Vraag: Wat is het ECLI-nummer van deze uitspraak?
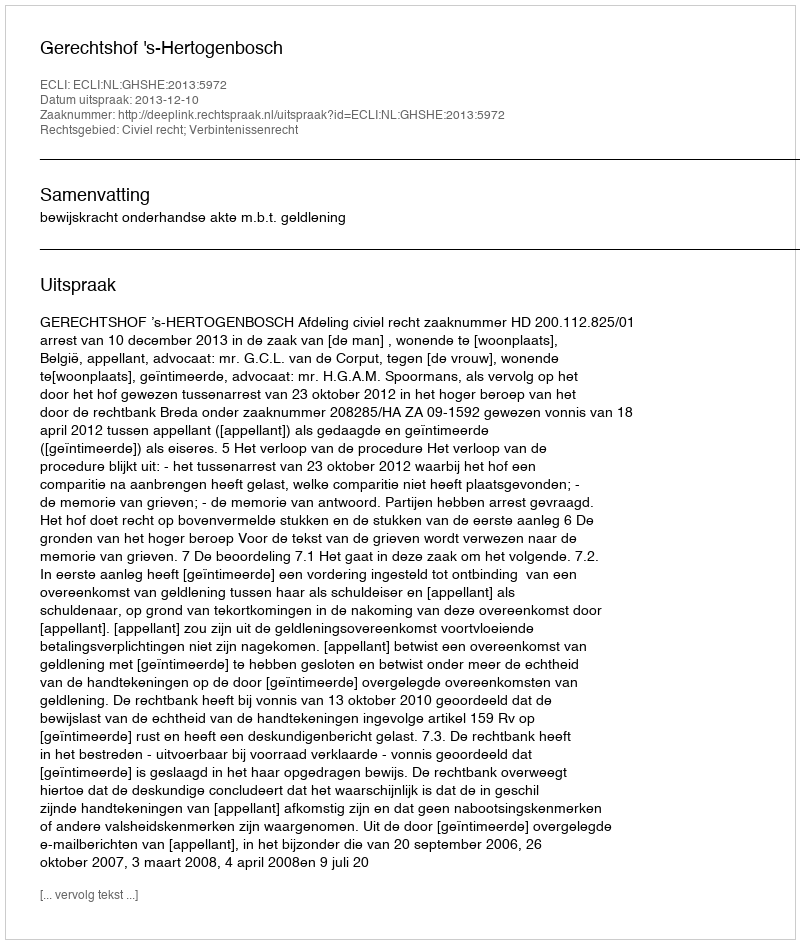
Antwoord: ECLI:NL:GHSHE:2013:5972